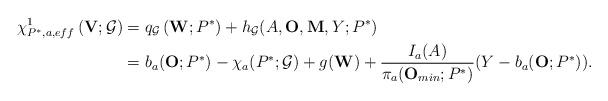
LaTeX: \begin{align*}\chi _{P^{\ast},a,eff}^{1}\left( \mathbf{V};\mathcal{G}\right) &= q_{\mathcal{G}}\left( \mathbf{W};P^{\ast}\right)+h_{\mathcal{G}}(A,\mathbf{O},\mathbf{M},Y;P^{\ast})\\&=b_{a}(\mathbf{O};P^{\ast}) - \chi_{a}(P^{\ast};\mathcal{G})+ g(\mathbf{W})+\frac{I_{a}(A)}{\pi_{a}(\mathbf{O}_{min};P^{\ast})}(Y-b_{a}(\mathbf{O};P^{\ast})).\end{align*}